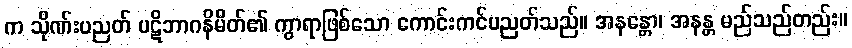
က သိုဏ်းပညတ် ပဋိဘာဂနိမိတ်၏ ကွာရာဖြစ်သော ကောင်းကင်ပညတ်သည်။ အနန္တော၊ အနန္တ မည်သည်တည်း။